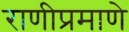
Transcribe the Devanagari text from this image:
राणीप्रमाणे